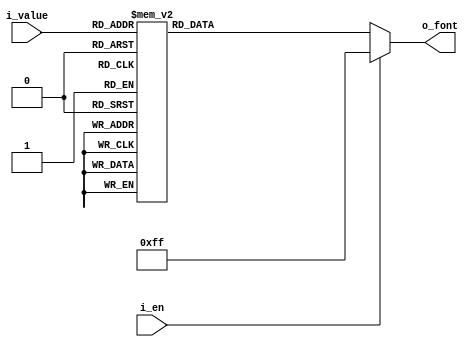
`timescale 1ns / 1ps

module BCDtoFNC_Decoder(
    input [3:0] i_value,
    input i_en,
    output [7:0] o_font
    );

    reg [7:0] r_font;
    
    assign o_font = r_font;

    always @(i_value or i_en) begin
        if (i_en) begin
            r_font = 8'hff;
        end
        else begin
            r_font = 8'hff;     //default value
            case (i_value)
                4'h0 : r_font = 8'hc0;  //0
                4'h1 : r_font = 8'hf9;  //1
                4'h2 : r_font = 8'ha4;  //2
                4'h3 : r_font = 8'hb0;  //3
                4'h4 : r_font = 8'h99;  //4
                4'h5 : r_font = 8'h92;  //5
                4'h6 : r_font = 8'h82;  //6
                4'h7 : r_font = 8'hf8;  //7
                4'h8 : r_font = 8'h80;  //8
                4'h9 : r_font = 8'h90;  //9
                4'ha : r_font = 8'h7f;  //dot
            endcase
        end
    end

endmodule